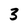
Character: 3